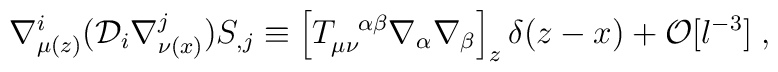
\nabla^i_{\mu (z)}({\cal D}_i \nabla^j_{\nu (x)})S_{,j}\equiv\left[T_{\mu \nu}^{\ \ \alpha \beta} \nabla_{\alpha} \nabla_{\beta}\right]_z \delta (z-x) + {\cal O}[l^{-3}]\; ,